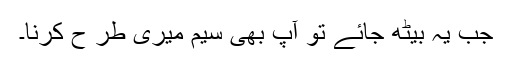
جب یہ بیٹھ جائے تو آپ بھی سیم میری طر ح کرنا۔